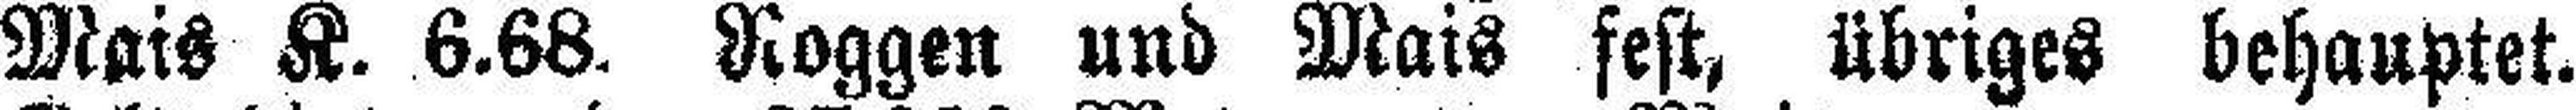
Mais K. 6.68. Roggen und Mais fest, übriges behauptet.